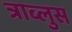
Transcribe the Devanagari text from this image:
त्राब्लुस